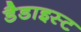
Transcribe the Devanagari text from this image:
डैडाइस्ट